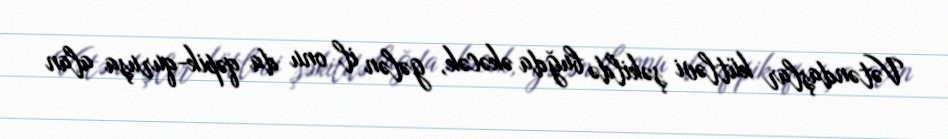
Vətəndaşlar kütləvi şəkildə buğda əkəcək, gələn il onu da qəpik-quruşa alan